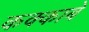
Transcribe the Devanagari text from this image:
कक्‍काबे